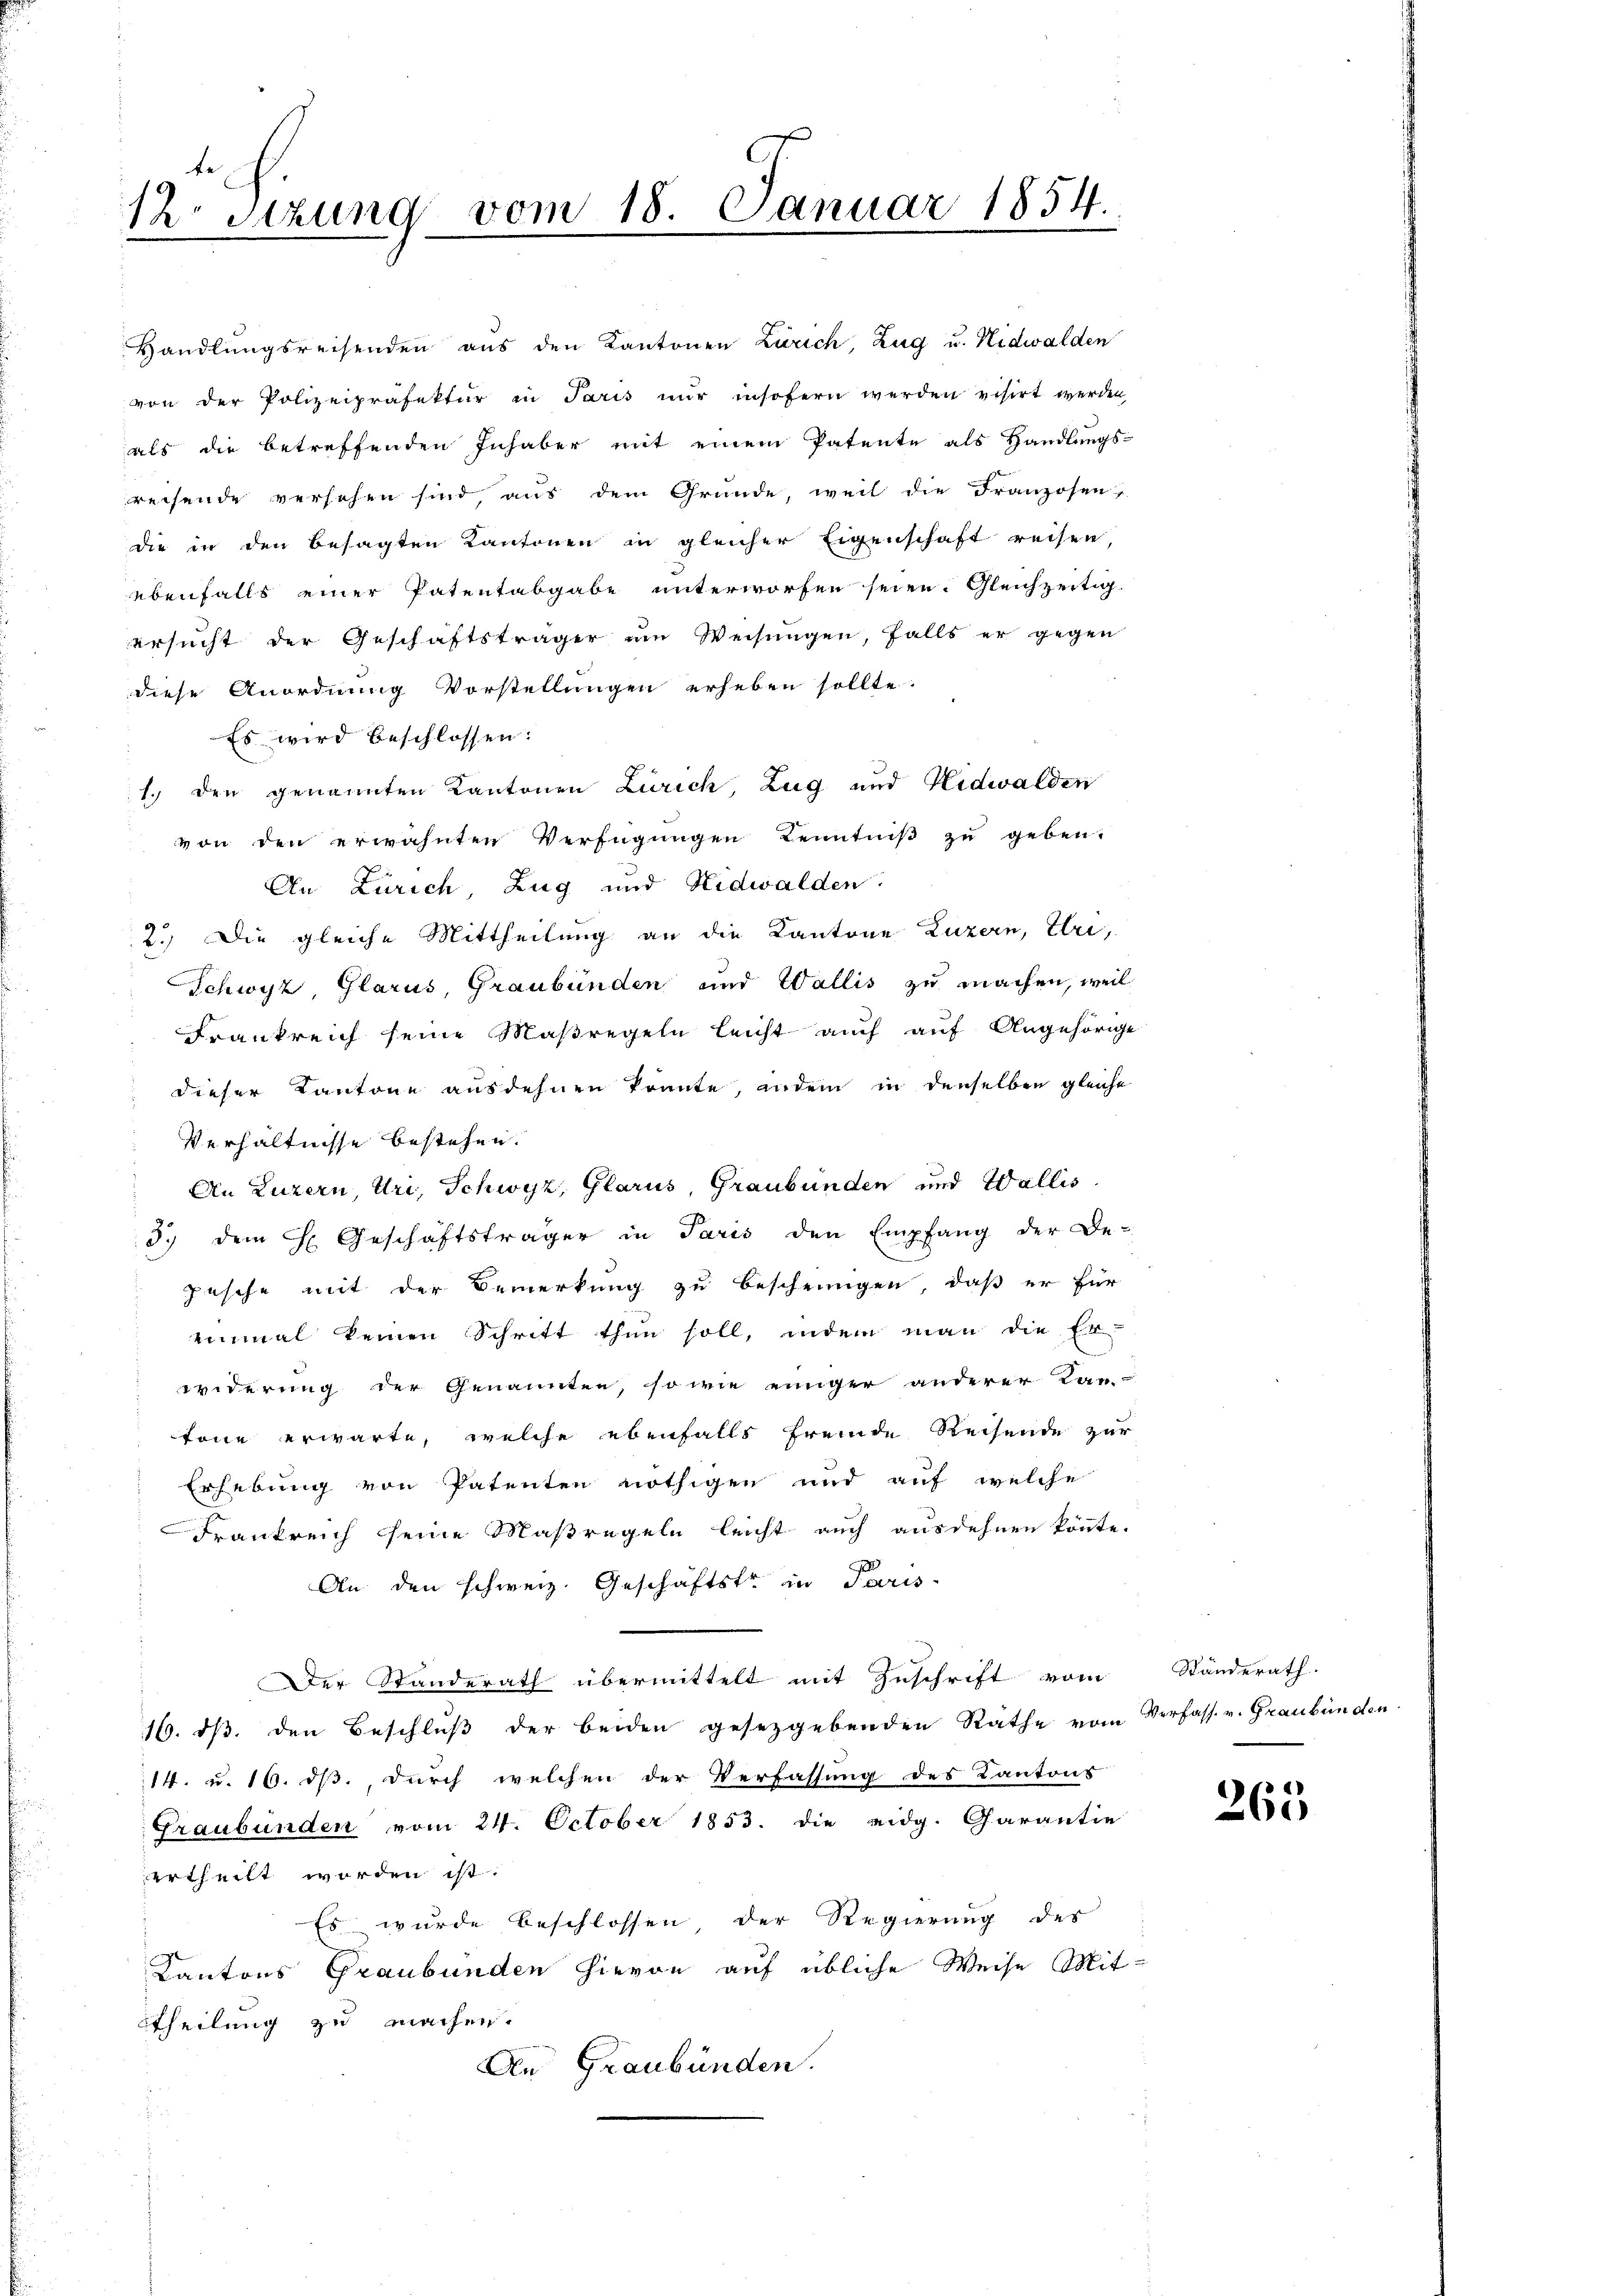
12 Stzung vom 18. Januar 1854.

Handlungsreisenden aus den Kantonen Zürich, Zug u. Nidwalden
von der Polizeipräfektur in Paris nŭr insofern werden visirt werden,
als die betreffenden Inhaber mit einem Patente als Handlungs-
reisende versehen sind, aus dem Grunde, weil die Franzosen-
die in den besagten Kantonen in gleicher Eigenschaft reisen,
ebenfalls einer Patentabgabe unterworfen seien. Gleichzeitig
ersucht der Geschäftsträger um Weisungen, falls er gegen
diese Anordnung Vorstellungen erheben sollte.
Es wird beschlossen:
1.) Den genannten Kantonen Zürich, Zug und Nidwalden
von den erwähnten Verfügungen Kenntniß zu geben.
An Zürich, Zug und Nidwalden.
2.) Die gleiche Mittheilung an die Kantone Luzern, Uri,
Schwyz, Glarus, Graubünden und Wallis zu machen, weil
Frankreich seine Maßregeln leicht auch auf Angehörige
dieser Kantone ausdehnen könnte, andem in denselben gleiche
Verhältnisse bestehen.
An Luzern, Uri, Schwyz, Glarus, Graubünden und Wallis
3. dem H. Geschäftsträger in Paris den Empfang der Be-
pische mit der Bemerkung zu bescheinigen, daß er für
einmal keinen Schritt thun soll, indem man die Er-
widerung der Genannten, so wie einiger anderer Kan-
töne erwarte, welche ebenfalls fremde Reisende zur
Erhebung von Patenten nöthigen und auf welche
Frankreich seine Maßregeln leicht auch ausdehnen könnte.
An den schweiz. Geschäftste in Paris
Der Standerath übermittelt mit Zuschrift vom
16. ds. den Beschluß der beiden gesetzgebenden Rathe vom Verfass. v. Graubünden.
14. u. 16. ds., durch welchen der Verfassung des Kantons
Graubünden vom 24. October 1853. die eidg. Garantie
ertheilt worden ist.
Es wurde beschlossen, der Regierung des
Kantons Graubünden hievon auf übliche Weise Mit-
theilung zu machen.
An Graubünden.

Ständerath.

265